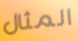
المثال